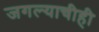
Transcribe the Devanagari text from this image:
जगल्याचीही